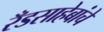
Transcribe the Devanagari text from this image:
रँडसाहेबांचे